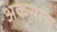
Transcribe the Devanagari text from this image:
अकसास